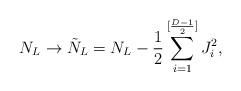
LaTeX: \begin{align*}N_L \to {\tilde N}_L= N_L - {1\over {2}} \sum_{i=1}^{[{{D-1}\over 2}]}J_i^2, \end{align*}